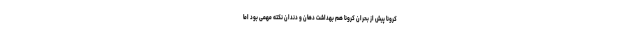
کرونا پیش از بحران کرونا هم بهداشت دهان‌ و دندان نکته مهمی بود اما